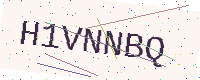
Text: H1VNNBQ